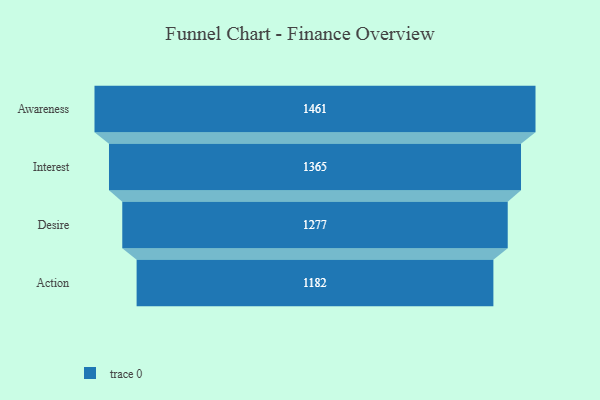
{"axis": {"x": "Stage", "y": "Value"}, "legend": [""], "data": [{"x": "Awareness", "y": 1461.0, "type": ""}, {"x": "Interest", "y": 1365.0, "type": ""}, {"x": "Desire", "y": 1277.0, "type": ""}, {"x": "Action", "y": 1182.0, "type": ""}]}